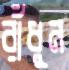
রাঁধুন